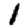
Digit: 1